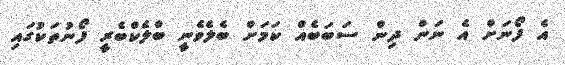
އެ ފޯނަށް އެ ނަން ދިން ސަބަބެއް ކަމަށް ބެލެވެނީ ބްލެކްބެރީ ފޯނުތަކުގައި